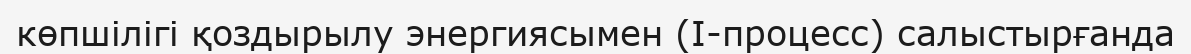
көпшілігі қоздырылу энергиясымен (І-процесс) салыстырғанда